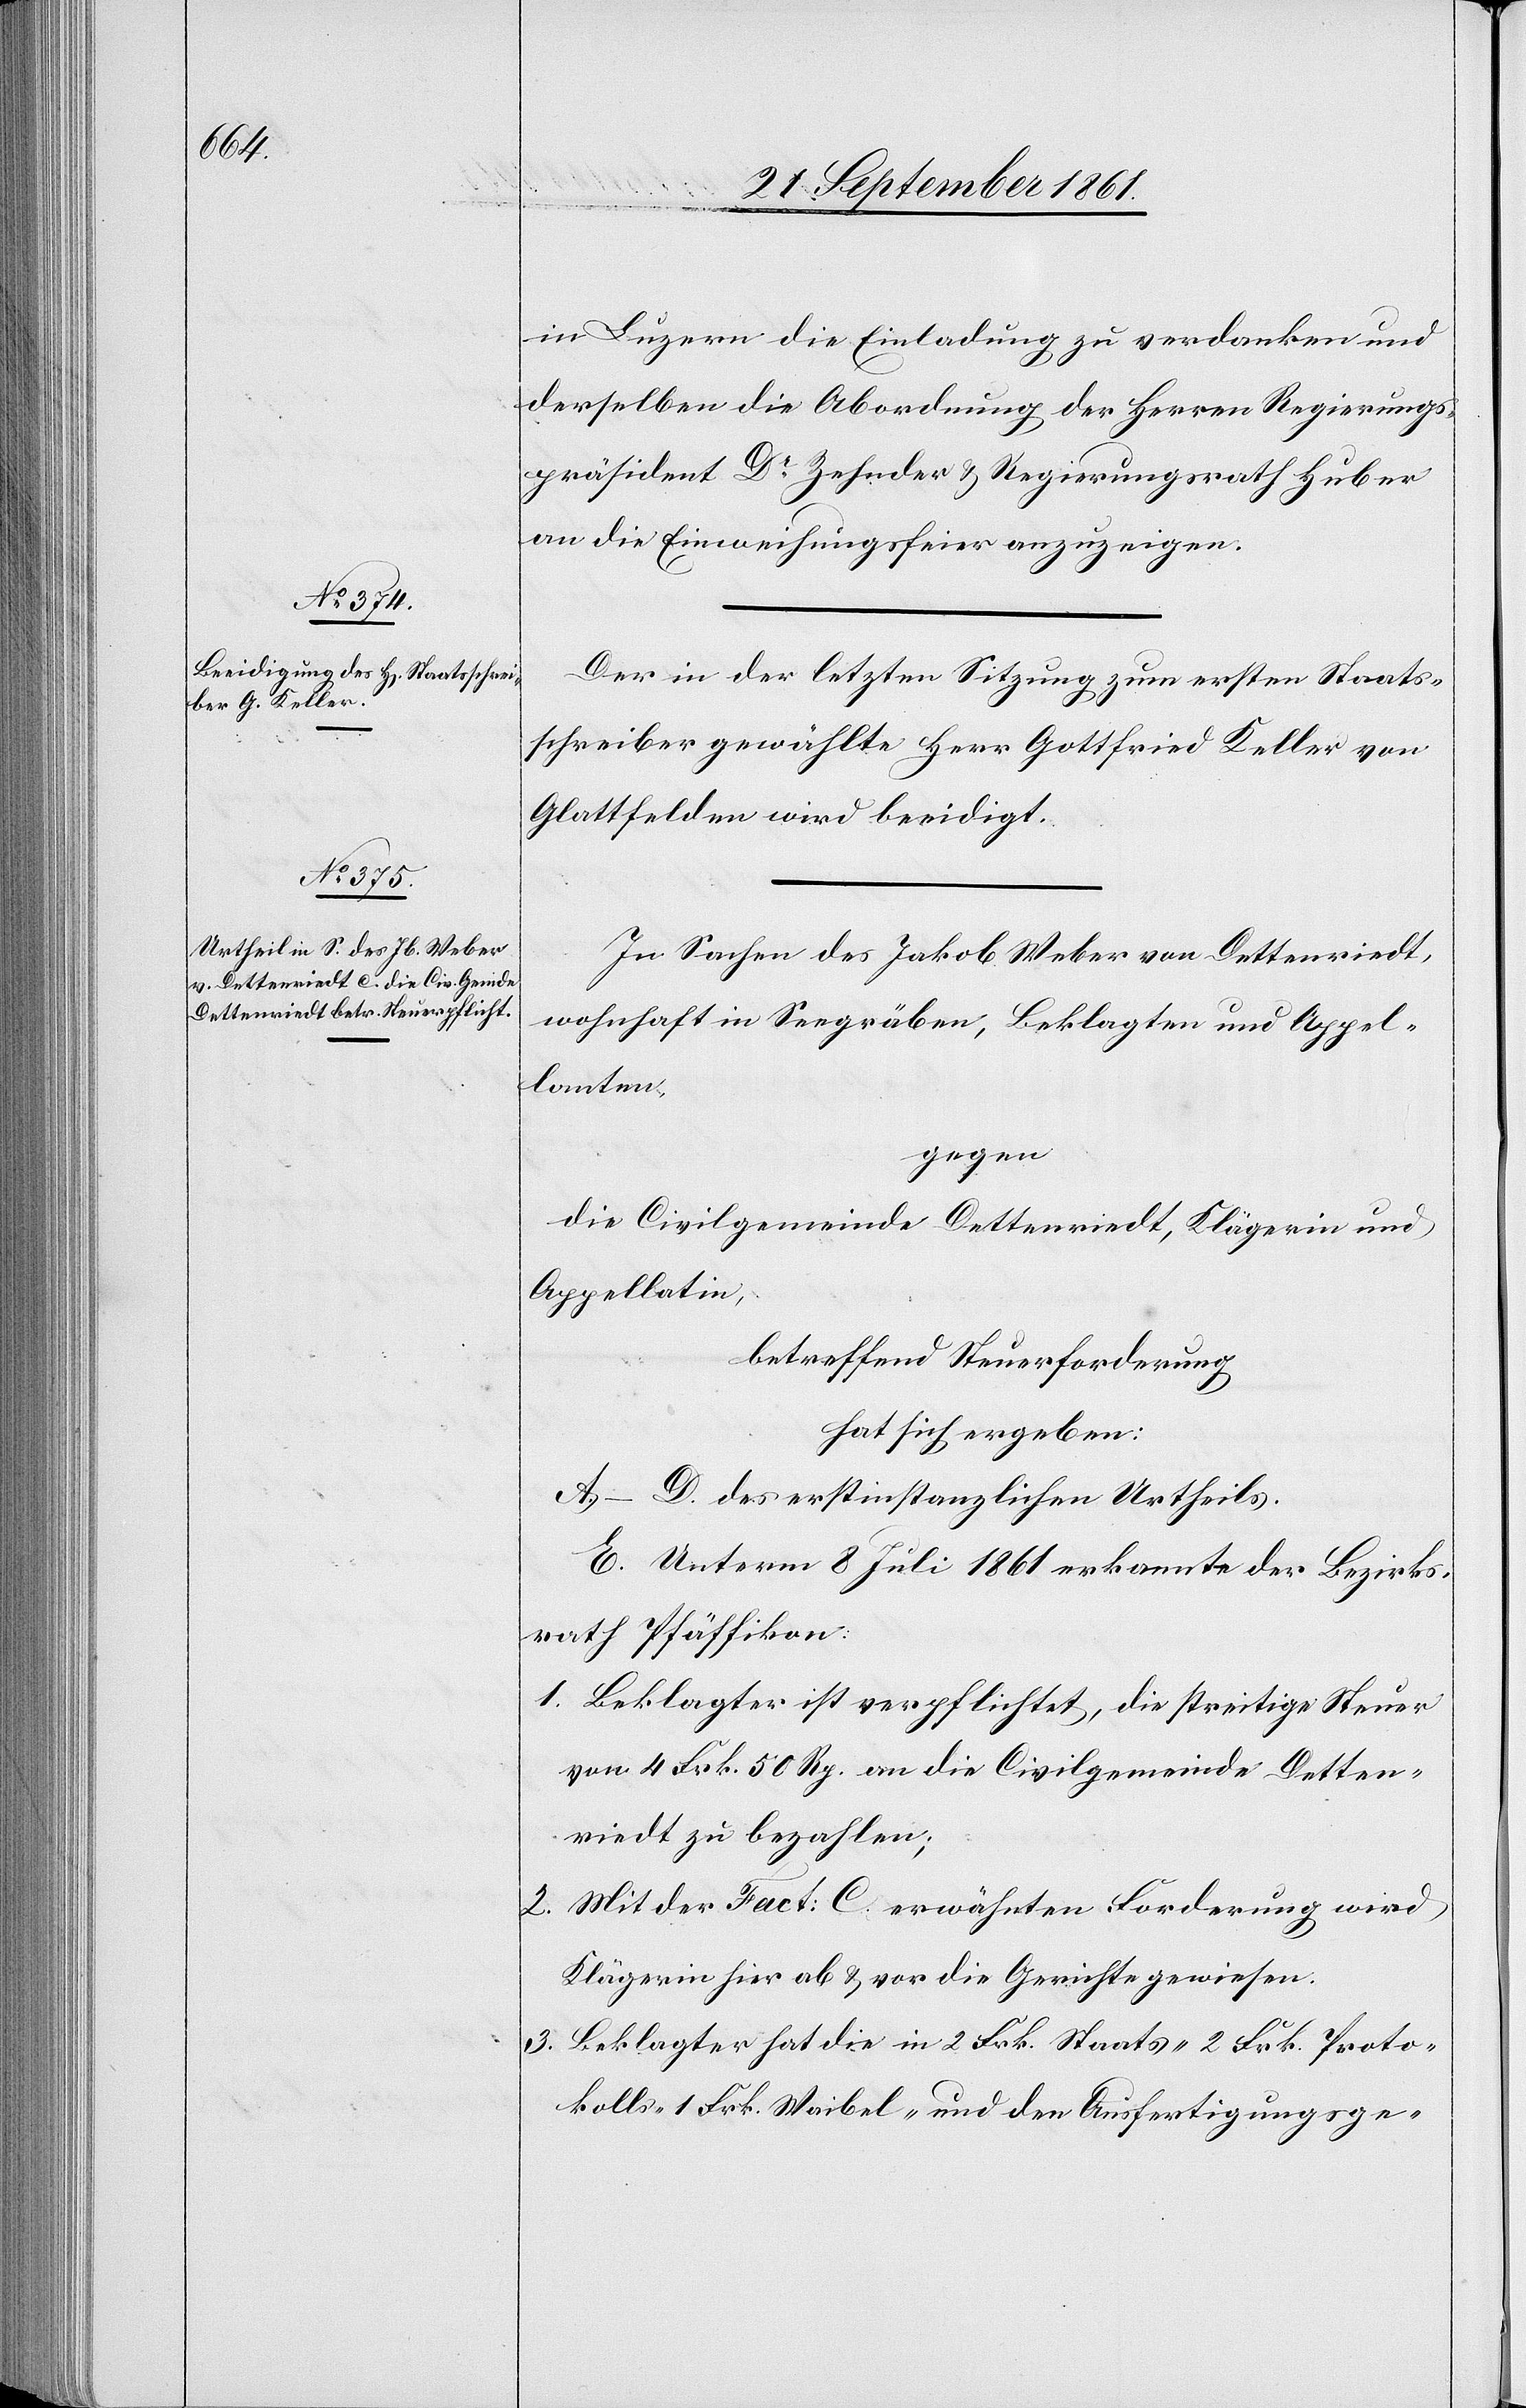
in Luzern die Einladung zu verdanken und
derselben die Abordnung der Herren Regierungs¬
präsident Dr Zehnder u. Regierungsrath Huber
an die Einweihungsfeier anzuzeigen.
Der in der letzten Sitzung, zum ersten Staats¬
schreiber gewählte Herr Gottfried Keller von
Glattfelden wird beeidigt.
In Sachen des Jakob Weber von Dettenriedt,
wohnhaft in Seegräben, Beklagten und Appel¬
lanten,
gegen
die Civilgemeinde Dettenriedt, Klägerin und
Appellatin,
betreffend Steuerforderung
hat sich ergeben:
A–D. des erstinstanzlichen Urtheils.
E. Unterm 8 Juli 1861 erkannte der Bezirks¬
rath Pfäffikon:
1. Beklagter ist verpflichtet, die streitige Steuer
von 4 Frk. 50 Rp. an die Civilgemeinde Detten¬
riedt zu bezahlen;
2. Mit der Fact: C erwähnten Forderung wird
Klägerin hier ab u. vor die Gerichte gewiesen.
3. Beklagte hat die in 2 Frk. Staats-[,] 2 Frk. Proto¬
kolls-[,] 1 Frk. Waibel- und den Ausfertigungsge-